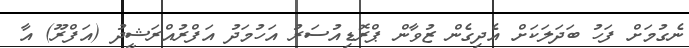
ނެގުމަށް ފަހު ބަދަލަކަށް އެދިގެން ޒުވާން ޕްރޮޑިއުސަރު އަހުމަދު އަފްރުއްރަޝީދު (އަފްރޫ) އާ